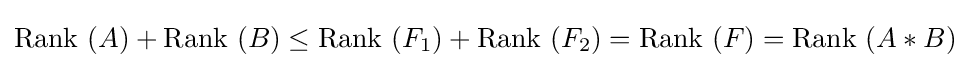
{\text{Rank }}(A)+{\text{Rank }}(B)\leq {\text{Rank }}(F_{1})+{\text{Rank }}(F_{2})={\text{Rank }}(F)={\text{Rank }}(A\ast B)